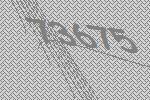
73675